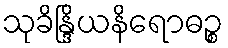
သုခိန္ဒြိယနိရောဓဉ္စ